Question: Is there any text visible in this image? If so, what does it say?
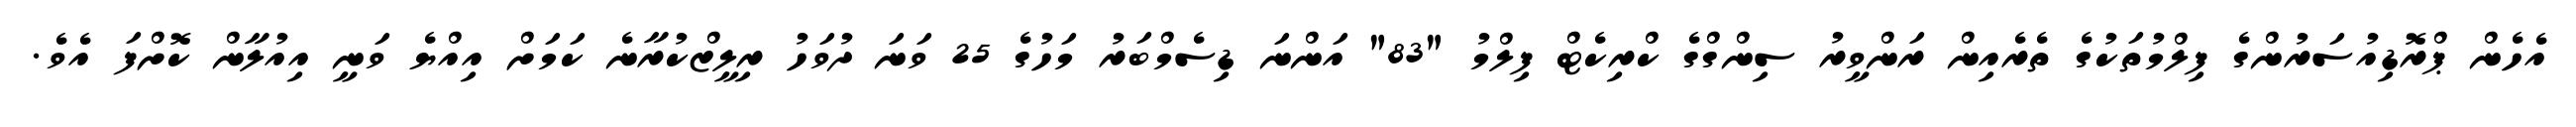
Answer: އެހެން ޕްރޮޑިއުސަރުންގެ ފިލްމުތަކުގެ ތެރެއިން ރަންވީރު ސިންގްގެ ކްރިކެޓް ފިލްމު "83" އަންނަ ޑިސެމްބަރު މަހުގެ 25 ވަނަ ދުވަހު ރިލީޒްކުރާނެ ކަމަށް އިއްޔެ ވަނީ އިއުލާން ކޮށްފަ އެވެ.